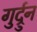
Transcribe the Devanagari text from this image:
गुर्द्रुन